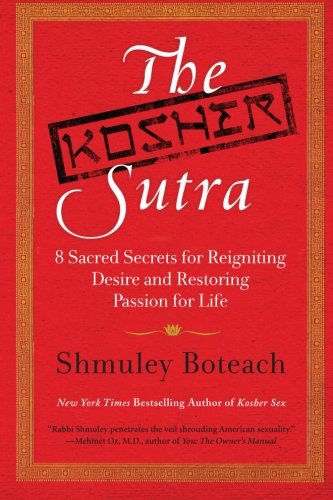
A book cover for The Kosher Sutra: Eight Sacred Secrets for Reigniting Desire and Restoring Passion for Life; Shmuley Boteach; Self-Help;